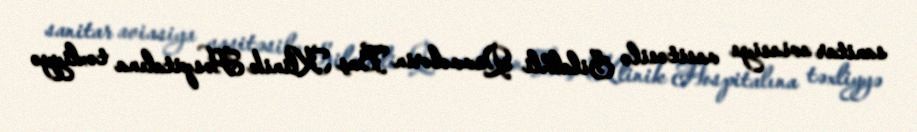
sanitar aviasiya vasitəsilə Silalhli Qüvvələrin Baş Klinik Hospitalına təxliyyə